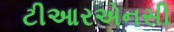
ટીઆરએનસી